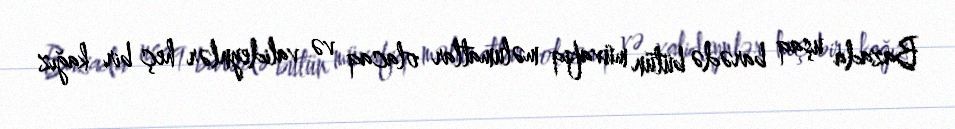
Bazada uşaq barədə bütün müvafiq məlumatlar olacaq və valideynlər heç bir kağız